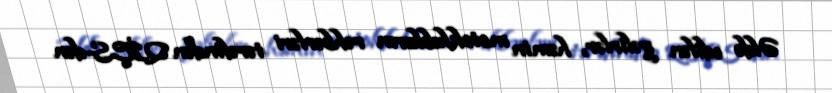
Əldə edilən gəlirlər, həmin motoklubların rəhbərləri tərəfindən QİÇS-dən